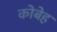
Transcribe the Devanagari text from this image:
कोबेह